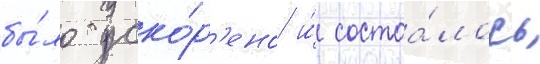
бы́ло уско́р'ено и́ состоа́лось